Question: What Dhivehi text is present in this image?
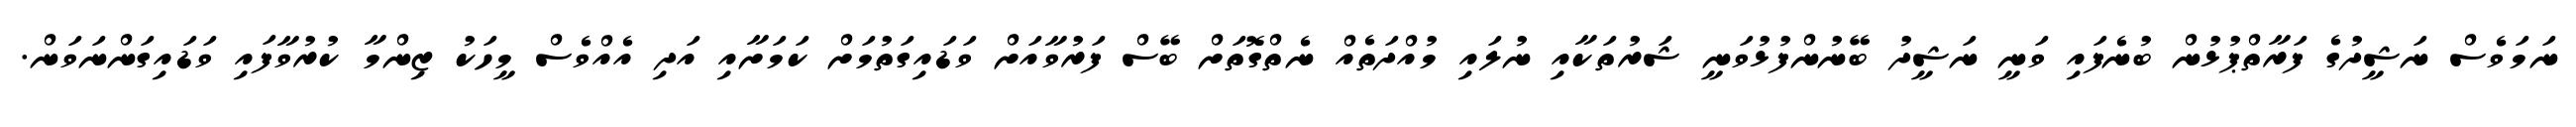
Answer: ނަމަވެސް ނަޝީދުގެ ފަރާތްޕުޅުން ބުނެފައި ވަނީ ނަޝީދު ބޭނުންފުޅުވަނީ ޝަރުތަކާއި ނުލައި މުއްދަތެއް ނެތްގޮތަށް ބޭސް ފަރުވާއަށް ވަޑައިގަތުމަށް ކަމަށާއި އަދި އެއްވެސް މީހަކު ޒިންމާ ކުރުވާފައި ވަޑައިގަންނަވަން.